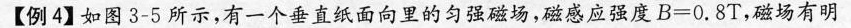
【例4】如图3-5所示，有一个垂直纸面向里的匀强磁场，磁感应强度$$B = 0 . 8 T$$，磁场有明